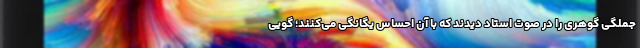
جملگی گوهری را در صوت استاد دیدند که با آن احساس یگانگی می‌کنند؛ گویی